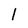
Character: l